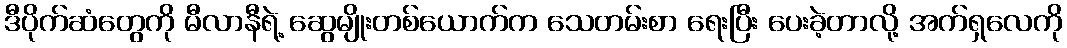
ဒီပိုက်ဆံတွေကို မီလာနီရဲ့ ဆွေမျိုးတစ်ယောက်က သေတမ်းစာ ရေးပြီး ပေးခဲ့တာလို့ အက်ရှလေကို